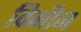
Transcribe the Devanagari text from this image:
विभीन